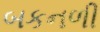
બકનળી